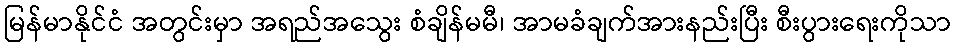
မြန်မာနိုင်ငံ အတွင်းမှာ အရည်အသွေး စံချိန်မမီ၊ အာမခံချက်အားနည်းပြီး စီးပွားရေးကိုသာ